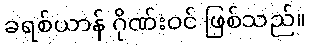
ခရစ်ယာန် ဂိုဏ်းဝင် ဖြစ်သည်။